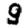
Digit: 9